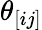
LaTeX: \theta_{[ij]}